Scientific memoirs by medical officers of the Army of India - Part XI,
Year: 1898
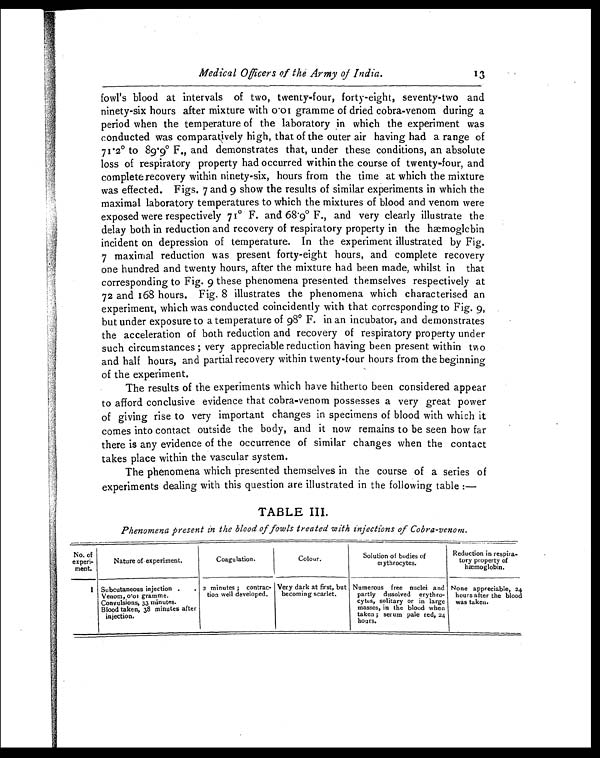
Medical Officers of the Army of India. 1 3
fowl's blood at intervals of two, twenty-four, forty-eight, seventy-two and
ninety-six hours after mixture with 0.01 gramme of dried cobra-venom during a
period when the temperature of the laboratory in which the experiment was
conducted was comparatively high, that of the outer air having had a range of
71.2° to 89.9° F., and demonstrates that, under these conditions, an absolute
loss of respiratory property had occurred within the course of twenty-four, and
complete recovery within ninety-six, hours from the time at which the mixture
was effected. Figs. 7 and 9 show the results of similar experiments in which the
maximal laboratory temperatures to which the mixtures of blood and venom were
exposed were respectively 71° F. and 68.9° F., and very clearly illustrate the
delay both in reduction and recovery of respiratory property in the hæmoglobin
incident on depression of temperature, In the experiment illustrated by Fig.
7 maximal reduction was present forty-eight hours, and complete recovery
one hundred and twenty hours, after the mixture had been made, whilst in that
corresponding to Fig. 9 these phenomena presented themselves respectively at
72 and 168 hours. Fig. 8 illustrates the phenomena which characterised an
experiment, which was conducted coincidently with that corresponding to Fig. 9,
but under exposure to a temperature of 98° F. in an incubator, and demonstrates
the acceleration of both reduction and recovery of respiratory property under
such circumstances ; very appreciable reduction having been present within two
and half hours, and partial recovery within twenty-four hours from the beginning
of the experiment.
The results of the experiments which have hitherto been considered appear
to afford conclusive evidence that cobra-venom possesses a very great power
of giving rise to very important changes in specimens of blood with which it
comes into contact outside the body, and it now remains to be seen how far
there is any evidence of the occurrence of similar changes when the contact
takes place within the vascular system.
The phenomena which presented themselves in the course of a series of
experiments dealing with this question are illustrated in the following table : —
TABLE III.
Phenomena present in the blood of fowls treated with injections of Cobra-venom.
No. of
experi-
ment.
Nature of experiment.
Coagulation.
Colour.
Solution of bodies of
erythrocytes.
Reduction in respira-
tory property of
hæmoglobin.
1 Subcutaneous injection .
.
Venom, 0.01 gramme.
Convulsions, 33 minutes.
Blood taken, 38 minutes after
injection.
2 minutes ; contrac-
tion well developed.
Very dark at first, but
becoming scarlet.
Numerous free nuclei and
partly dissolved erythro-
cytes, solitary or in large
masses, in the blood when
taken ; serum pale red, 24
hours.
None appreciable, 24
hours after the blood
was taken.